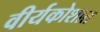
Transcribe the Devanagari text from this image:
वीर्यकोशात